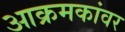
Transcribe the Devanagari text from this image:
आक्रमकांवर